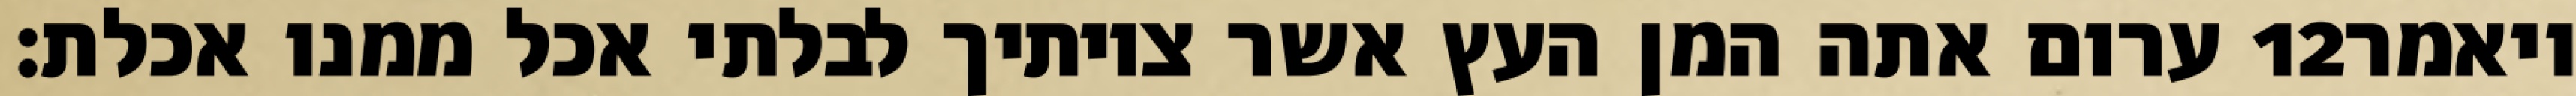
ערום אתה המן העץ אשר צויתיך לבלתי אכל ממנו אכלת׃ ‎12‏ ויאמר